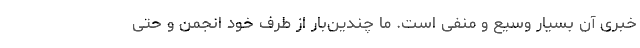
خبری آن بسیار وسیع و منفی است. ما چندین‌بار از طرف خود انجمن و حتی